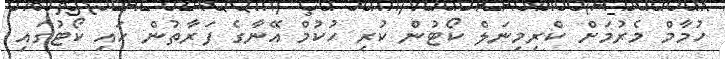
ހުމާމް މެރުމަށް ކްރިމިނަލް ކޯޓުން ކުރި ހުކުމް އޭނާގެ ފަރާތުން ހައި ކޯޓުގައި